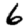
Digit: 6